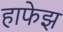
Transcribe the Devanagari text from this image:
हाफेझ